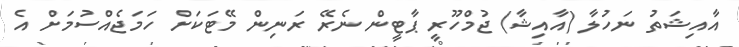
އާއިޝަތު ނަހުލާ (އާއިޝާ) ޖުމްހޫރީ ޕާޓީން ނެރޭ ރަނިން މޭޓަކަށް ހަމަޖެއްސުމަށް އެ